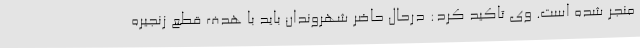
منجر شده است. وی تاکید کرد: درحال حاضر شهروندان باید با هدف قطع زنجیره